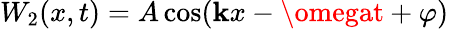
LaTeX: W_{2}(x,t)=A\cos(\mathbf{k}x-\omegat+\varphi)